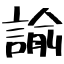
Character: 諭